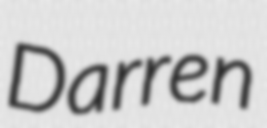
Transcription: Darren